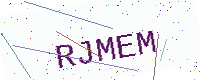
Text: RJMEM